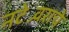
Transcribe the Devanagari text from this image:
नटेश्र्वराचे